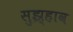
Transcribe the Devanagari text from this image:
सुझ्हाव